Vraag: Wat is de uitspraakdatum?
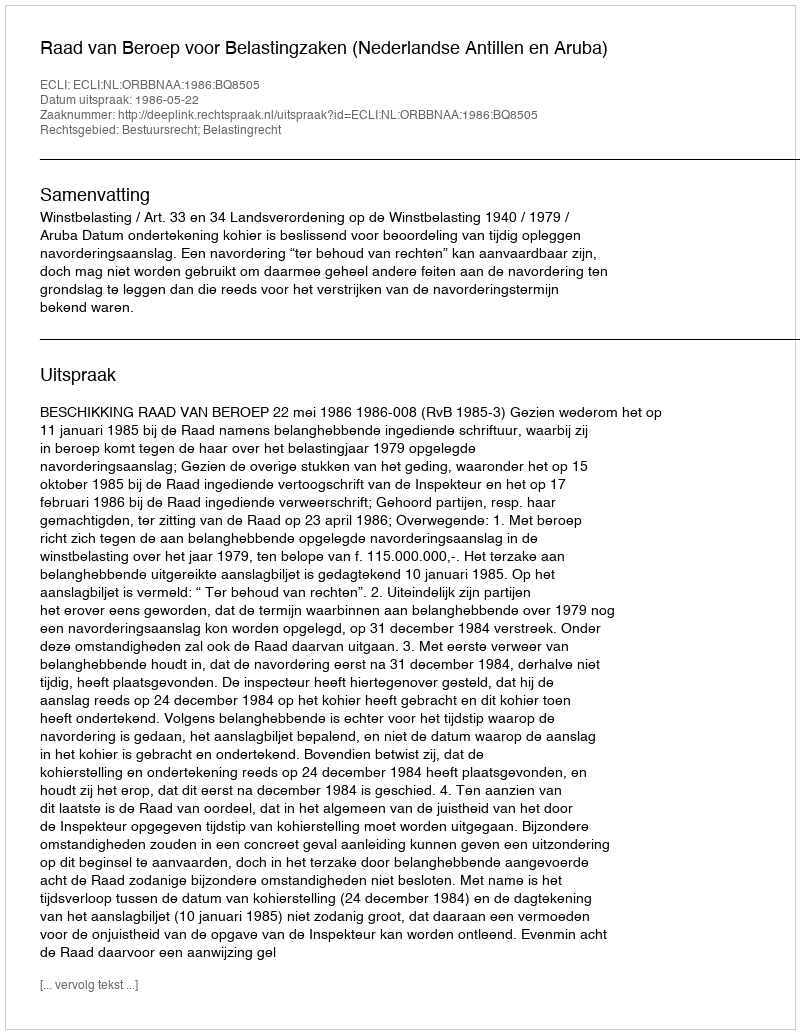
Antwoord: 1986-05-22